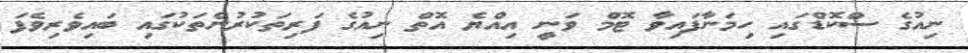
ނިއުގެ ސްކޮޑްގައި ހިމަނާފައިވާ ޓޮމް ވަނީ އިއްޔެ އޮތް ނިއުގެ ފަރިތަކުރުންތަކުގައި ބައިވެރިވެފަ